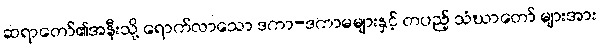
ဆရာတော်၏အနီးသို့ ရောက်လာသော ဒကာ-ဒကာမများနှင့် တပည့် သံဃာတော် များအား